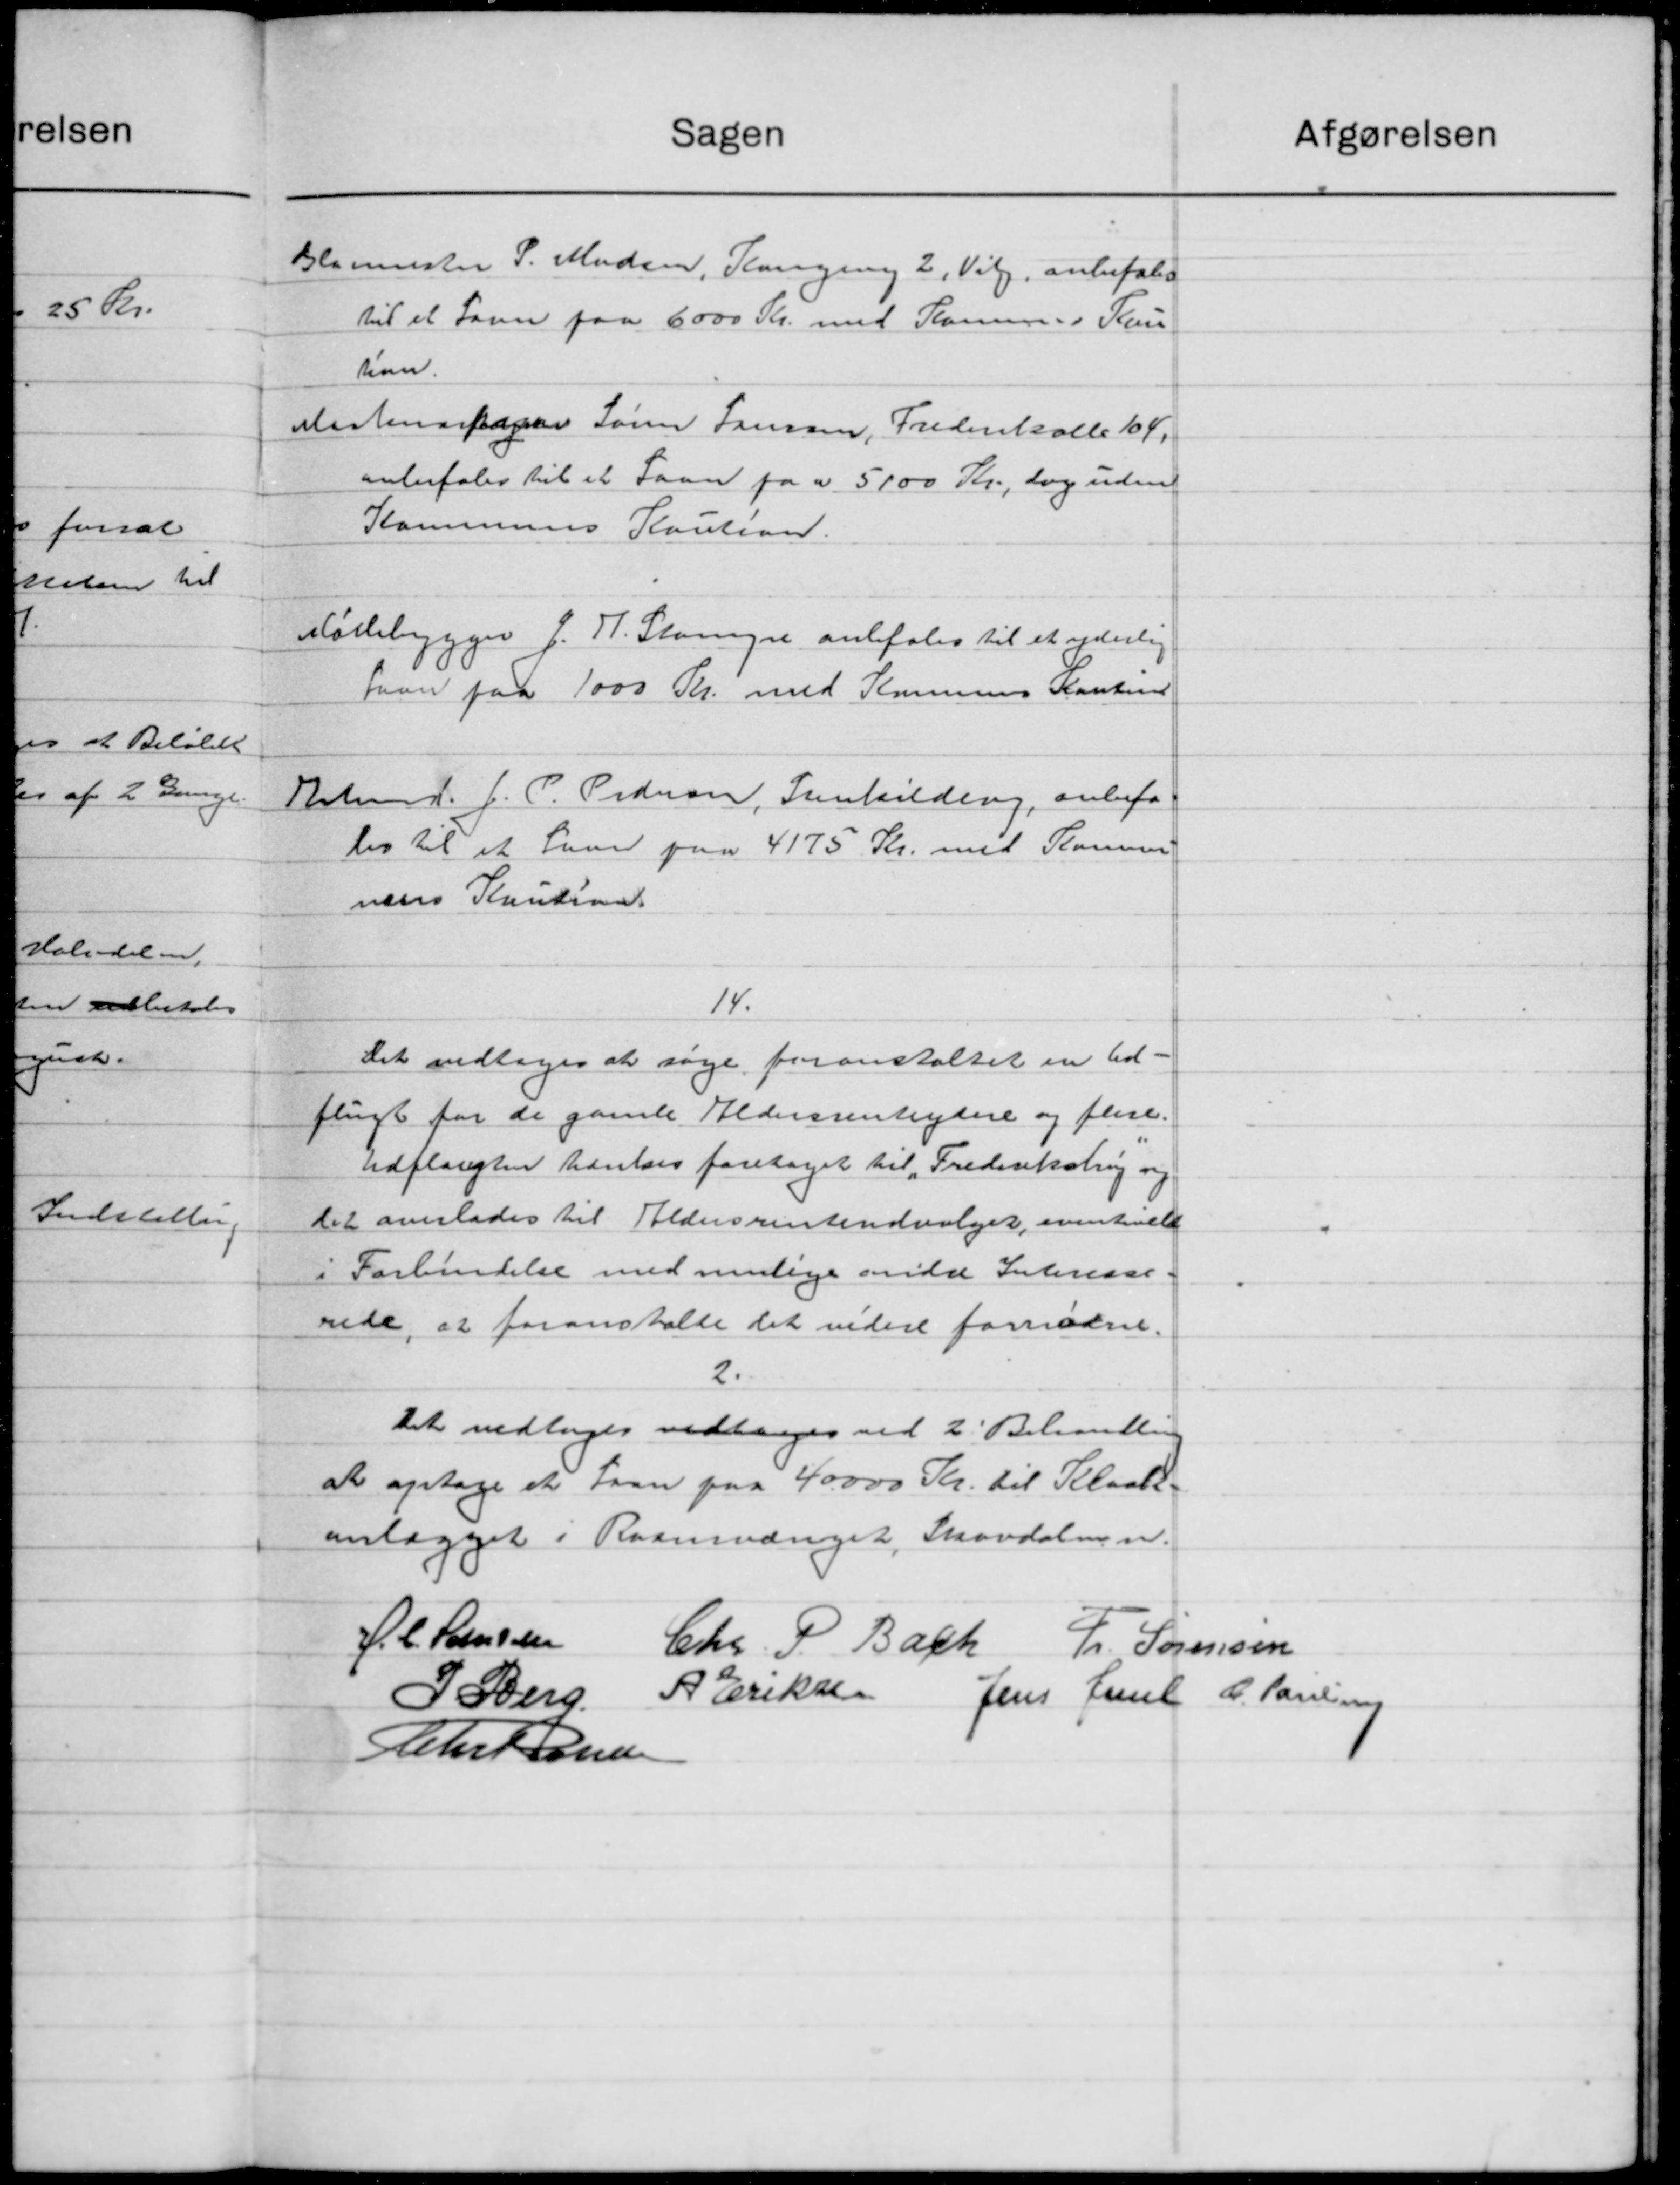
Transskription:
Sagen
Blermester P. Madsen, Slangerup 2, Valg, anbefales
til et Laan paa 6000 Kr. med Komunes Sun
han
Mortenssager Søren Jensen, Frederikalle 14,
anbefales til et Laan paa 5000 Kr., dog uden
Kommunens Kaution.
Møllebygger f. H. Stangne anbefales til et ydelig
faan paa 1000 Kr. med Komunes Kontine
Arbmd. J. P. Pedersen, Funkilding, anbefa
tes til et Laan paa 4175 Kr. med Kommune
nens Kaution.
14.
Det vedtoges at søge foranstaltet en Ud-
flugt for de gamle Aldersrenteydere og flere.
udplangten hentes foretaget til Frederiksling og
det overlades til Aldersrenteudvalget, eventuelt
i Forbindelse med mulige andre Interesse
0
rede, at foranstalte det videre fornødne.
2.
Det vedtoges vedtoges ved 2' Behandling
at optage et Laan paa 40.000 Kr. til Klaabe-
anlægget i Raamudraget, Skovdalen.
H. C. Sanssen
Chr. P. Bach Fr. Sørensen
I Berg A. Eriksen
Jens Juul C. Poulsen
Chistiansen